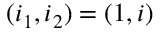
( i _ { 1 } , i _ { 2 } ) = ( 1 , i )